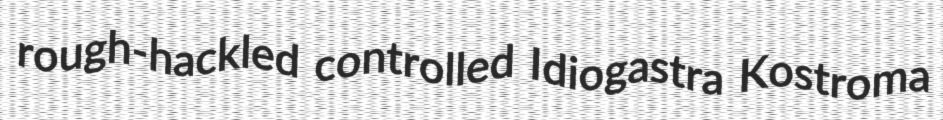
rough-hackled controlled Idiogastra Kostroma